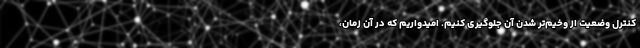
کنترل وضعیت از وخیم‌تر شدن آن جلوگیری کنیم. امیدواریم که در آن زمان،